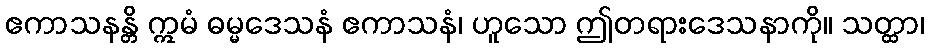
ဧကာသနန္တိ ဣမံ ဓမ္မဒေသနံ ဧကာသနံ၊ ဟူသော ဤတရားဒေသနာကို။ သတ္ထာ၊